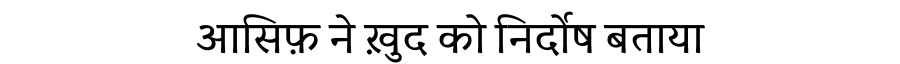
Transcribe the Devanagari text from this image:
आसिफ़ ने ख़ुद को निर्दोष बताया